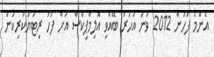
އެންމެ ފަހުން 2012 ވަނަ އަހަރު ބޭއްވި އޮލިމްޕިކްސް އަށް ފަހު ރިޓަޔަކުރިކަން